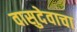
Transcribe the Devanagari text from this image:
वासुदेवाचा